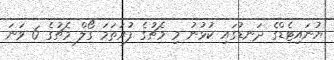
ޔުނައިޓެޑްގެ ދަނޑުގައި ކުޅުނު މި މެޗުގެ ފުރަތަމަ ގޯލް މެޗުގެ 6 ވަނަ